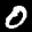
Label: 0